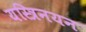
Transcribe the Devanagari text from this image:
यस्त्रिनयन